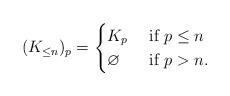
LaTeX: \begin{align*}(K_{\leq n})_p = \begin{cases}K_p & \hbox{ if }p\leq n\\\varnothing & \hbox{ if }p> n.\end{cases}\end{align*}